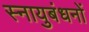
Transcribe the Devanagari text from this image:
स्नायुबंधनों